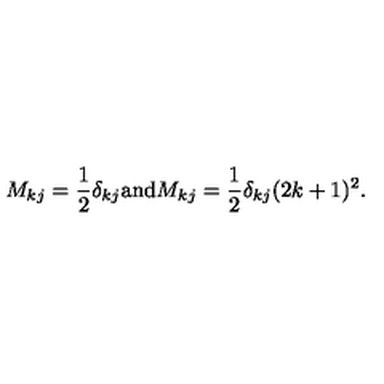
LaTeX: M _ { k j } = \frac { 1 } { 2 } \delta _ { k j } \mathrm { a n d } M _ { k j } = \frac { 1 } { 2 } \delta _ { k j } ( 2 k + 1 ) ^ { 2 } .